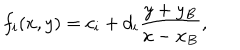
f _ { i } ( x , y ) = c _ { i } + d _ { i } { \frac { y + y _ { B } } { x - x _ { B } } } ,